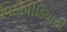
વિકીપીડિયાની